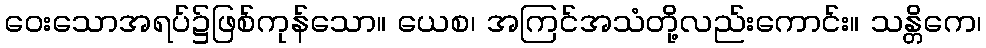
ဝေးသောအရပ်၌ဖြစ်ကုန်သော။ ယေစ၊ အကြင်အသံတို့လည်းကောင်း။ သန္တိကေ၊